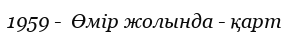
1959 -  Өмір жолында - қарт